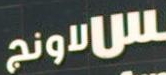
الاونج